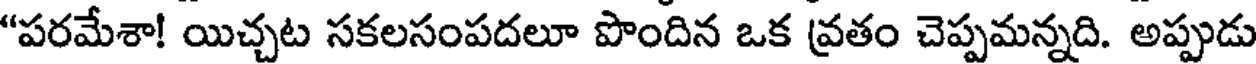
"పరమేశా! యిచ్చట సకలసంపదలూ పొందిన ఒక వ్రతం చెప్పమన్నది. అప్పుడు